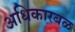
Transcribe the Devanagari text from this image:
अधिकारबळ